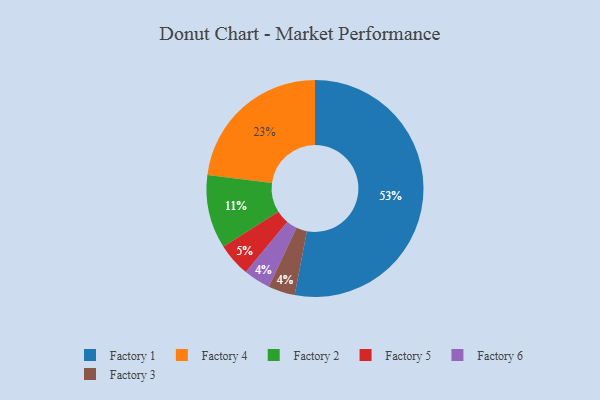
{"axis": {"x": "Category", "y": "Percentage"}, "legend": ["Factory 1", "Factory 2", "Factory 3", "Factory 4", "Factory 5", "Factory 6"], "data": [{"x": "Factory 1", "y": 53, "type": "Factory 1"}, {"x": "Factory 4", "y": 23, "type": "Factory 4"}, {"x": "Factory 2", "y": 11, "type": "Factory 2"}, {"x": "Factory 6", "y": 4, "type": "Factory 6"}, {"x": "Factory 3", "y": 4, "type": "Factory 3"}, {"x": "Factory 5", "y": 5, "type": "Factory 5"}]}